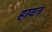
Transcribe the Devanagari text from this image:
हावन